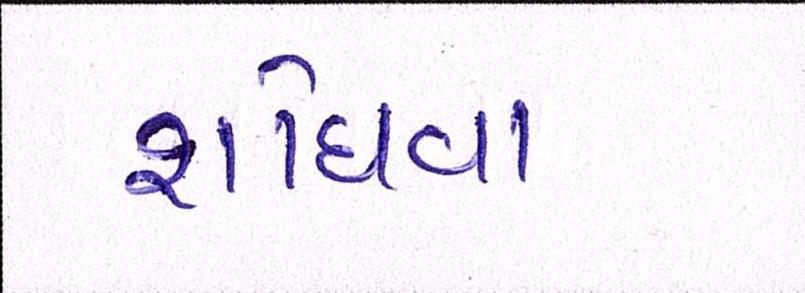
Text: શોધવા